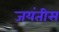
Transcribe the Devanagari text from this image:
जयंतीस